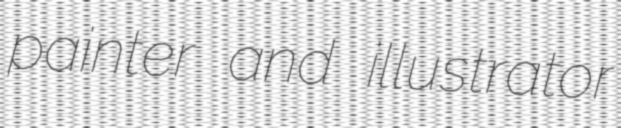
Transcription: painter and illustrator